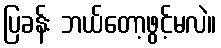
ပြခန်း ဘယ်တော့ဖွင့်မလဲ။